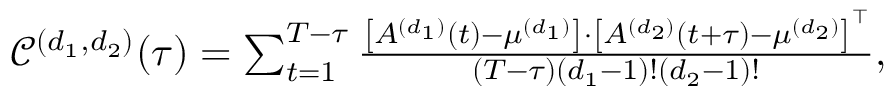
\begin{array} { r } { \footnotesize \mathscr { C } ^ { ( d _ { 1 } , d _ { 2 } ) } ( \tau ) = \sum _ { t = 1 } ^ { T - \tau } \frac { \left[ A ^ { ( d _ { 1 } ) } ( t ) - \mu ^ { ( d _ { 1 } ) } \right] \cdot \left[ A ^ { ( d _ { 2 } ) } ( t + \tau ) - \mu ^ { ( d _ { 2 } ) } \right] ^ { \intercal } } { ( T - \tau ) ( d _ { 1 } - 1 ) ! ( d _ { 2 } - 1 ) ! } , } \end{array}